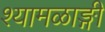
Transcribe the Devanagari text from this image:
श्यामळाङ्गी